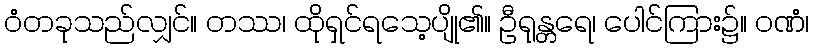
ဝံတခုသည်လျှင်။ တဿ၊ ထိုရှင်ရသေ့ပျို၏။ ဦရုန္တရေ၊ ပေါင်ကြား၌။ ဝဏံ၊